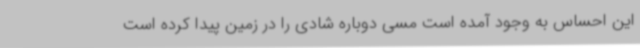
این احساس به وجود آمده است مسی دوباره شادی را در زمین پیدا کرده است